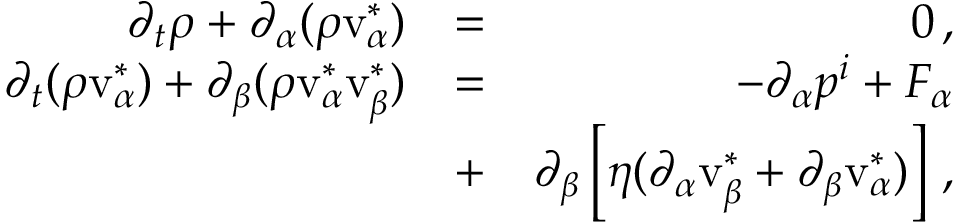
\begin{array} { r l r } { \partial _ { t } \rho + \partial _ { \alpha } ( \rho \mathrm { v } _ { \alpha } ^ { * } ) } & { = } & { 0 \, , } \\ { \partial _ { t } ( \rho \mathrm { v } _ { \alpha } ^ { * } ) + \partial _ { \beta } ( \rho \mathrm { v } _ { \alpha } ^ { * } \mathrm { v } _ { \beta } ^ { * } ) } & { = } & { - \partial _ { \alpha } p ^ { i } + F _ { \alpha } } \\ & { + } & { \partial _ { \beta } \left[ \eta ( \partial _ { \alpha } \mathrm { v } _ { \beta } ^ { * } + \partial _ { \beta } \mathrm { v } _ { \alpha } ^ { * } ) \right] \, , } \end{array}